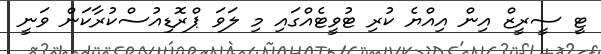
ޓީ ސީރީޒް އިން އިއްޔެ ކުރި ޓުވީޓެއްގައި މި ލަވަ ޕްރޮޑިއުސްކުރާކަން ވަނީ